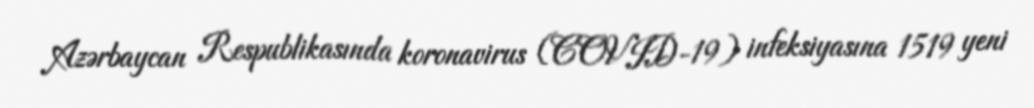
Azərbaycan Respublikasında koronavirus (COVID-19) infeksiyasına 1519 yeni